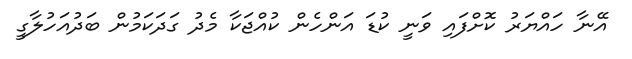
އޭނާ ހައްޔަރު ކޮށްފައި ވަނީ ކުޑަ އަންހެން ކުއްޖަކާ މެދު ގަދަކަމުން ބަދުއަހުލާގީ